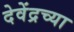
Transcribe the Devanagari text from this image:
देवेंद्रच्या